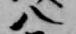
八